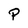
Character: P